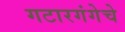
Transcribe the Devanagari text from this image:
गटारगंगेचे